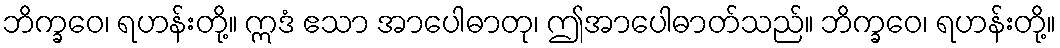
ဘိက္ခဝေ၊ ရဟန်းတို့။ ဣဒံ ဧသာ အာပေါဓာတု၊ ဤအာပေါဓာတ်သည်။ ဘိက္ခဝေ၊ ရဟန်းတို့။